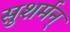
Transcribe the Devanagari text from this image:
सुशर्मन्